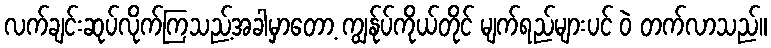
လက်ချင်းဆုပ်လိုက်ကြသည့်အခါမှာတော့ ကျွန်ုပ်ကိုယ်တိုင် မျက်ရည်များပင် ဝဲ တက်လာသည်။